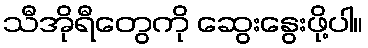
သီအိုရီတွေကို ဆွေးနွေးဖို့ပါ။